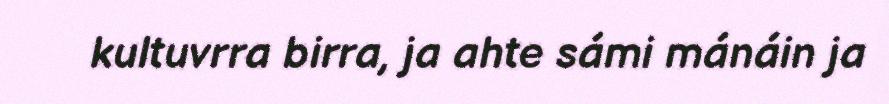
kultuvrra birra, ja ahte sámi mánáin ja